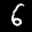
Label: 6